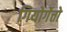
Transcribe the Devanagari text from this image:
गियोर्गेत्तो